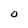
Character: O